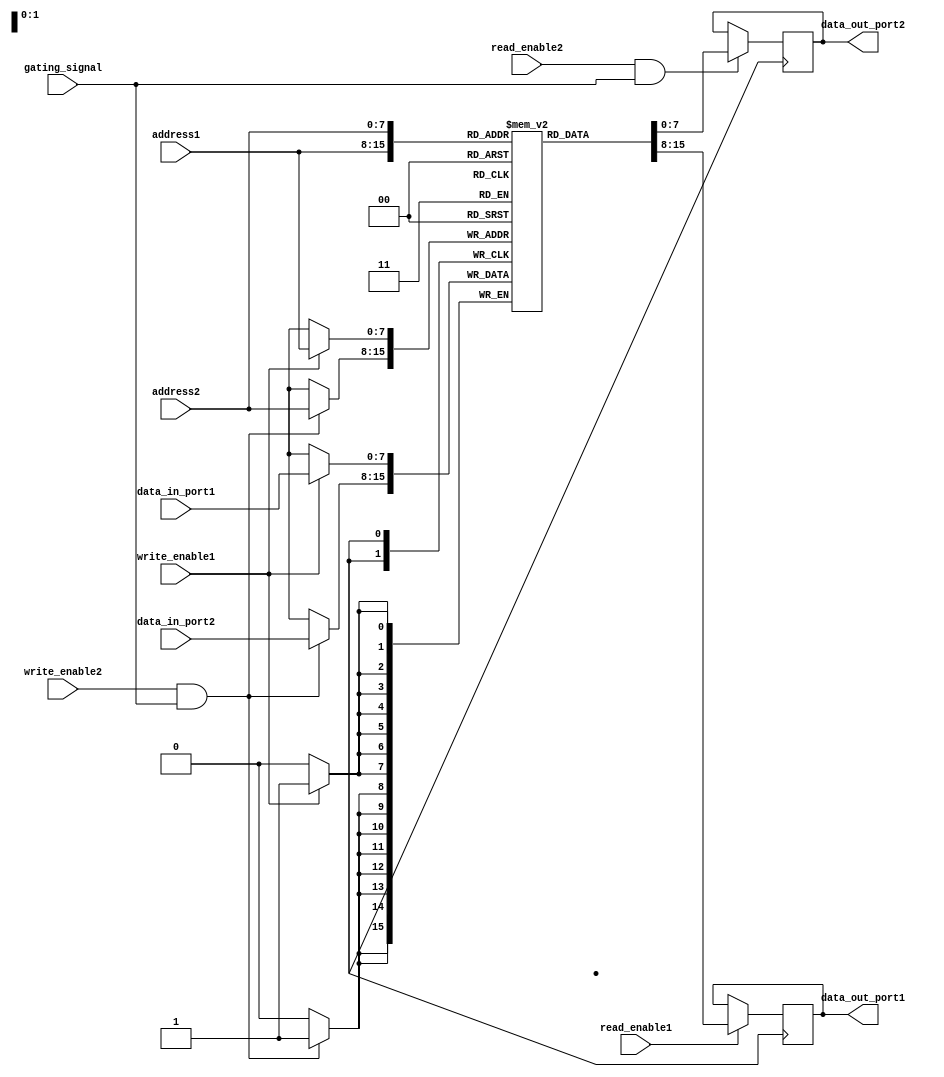
module dual_port_ram (
    input [7:0] data_in_port1,
    input [7:0] data_in_port2,
    input [7:0] address1,
    input [7:0] address2,
    input write_enable1,
    input write_enable2,
    input read_enable1,
    input read_enable2,
    input gating_signal,
    output reg [7:0] data_out_port1,
    output reg [7:0] data_out_port2
);

reg [7:0] ram [255:0];

always @ (posedge clk) begin
    if (write_enable1) begin
        ram[address1] <= data_in_port1;
    end
    if (read_enable1) begin
        data_out_port1 <= ram[address1];
    end
    if (write_enable2 && gating_signal) begin
        ram[address2] <= data_in_port2;
    end
    if (read_enable2 && gating_signal) begin
        data_out_port2 <= ram[address2];
    end
end

endmodule